Scottish Certificate of Education, 1963
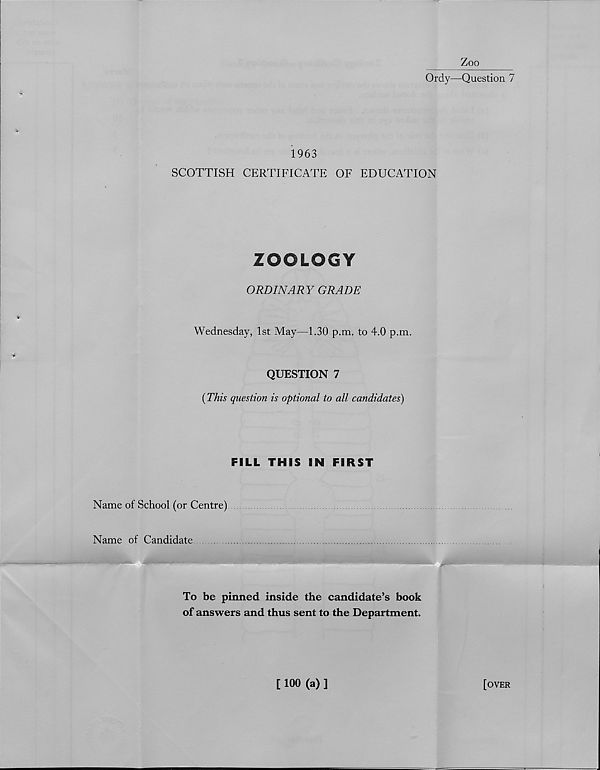
Zoo
Ordy—Question 7
1963
SCOTTISH CERTIFICATE OF EDUCATION
ZOOLOGY
ORDINARY GRADE
Wednesday, 1st May—1.30 p.m. to 4.0 p.m.
QUESTION 7
{This question is optional to all candidates)
FILL THIS IN FIRST
Name of School (or Centre)
Name of Candidate
To be pinned inside the candidate’s book
of answers and thus sent to the Department.
[ 100 (a) ]
[over